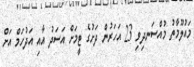
މައުލޫމާތު މުއްސަނދިވި 23 އަހަރުން ދަށުގެ ޓީމަށް އަސަދު އާއި އަދުހަމް އަށް